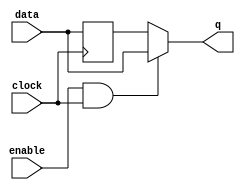
module data_enable_latch (
    input data,
    input enable,
    input clock,
    output reg q
);

reg d;
wire and_output;

// D flip-flop to store the data signal
always @(posedge clock) begin
    d <= data;
end

// AND gate to combine the enable signal and clock signal
assign and_output = enable & clock;

// Mux to select between the data signal and the output of the D flip-flop
always @(*) begin
    if (and_output) begin
        q <= data;
    end else begin
        q <= d;
    end
end

endmodule